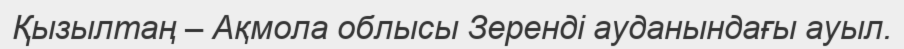
Қызылтаң – Ақмола облысы Зеренді ауданындағы ауыл.